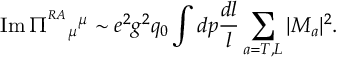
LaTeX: \mathrm { I m } \, \Pi ^ { ^ { R A } } { } _ { \mu } { } ^ { \mu } \sim e ^ { 2 } g ^ { 2 } q _ { 0 } \int d p { \frac { d l } { l } } \sum _ { a = T , L } | { \cal M } _ { a } | ^ { 2 } .